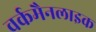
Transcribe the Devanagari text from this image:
वर्कमैनलाइक